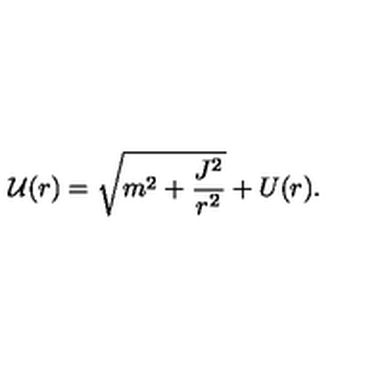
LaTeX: { \cal U } ( r ) = \sqrt { m ^ { 2 } + \frac { J ^ { 2 } } { r ^ { 2 } } } + U ( r ) .